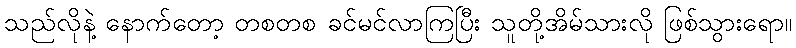
သည်လိုနဲ့ နောက်တော့ တစတစ ခင်မင်လာကြပြီး သူတို့အိမ်သားလို ဖြစ်သွားရော။